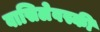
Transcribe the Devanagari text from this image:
वासिलेवस्की